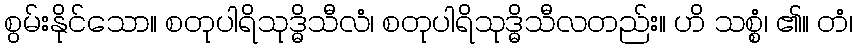
စွမ်းနိုင်သော။ စတုပါရိသုဒ္ဓိသီလံ၊ စတုပါရိသုဒ္ဓိသီလတည်း။ ဟိ သစ္စံ၊ ၏။ တံ၊